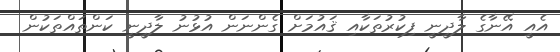
އެއީ އޭނާގެ ލާދީނީ ފިކުރުތަކާއި ޤައުމަށް ގެންނަން އުޅުނު ލާދީނީ ކަންތައްތަކުން